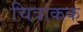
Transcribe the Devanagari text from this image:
चित्रांकक